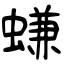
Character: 螊